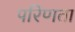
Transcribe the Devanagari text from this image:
परिणता